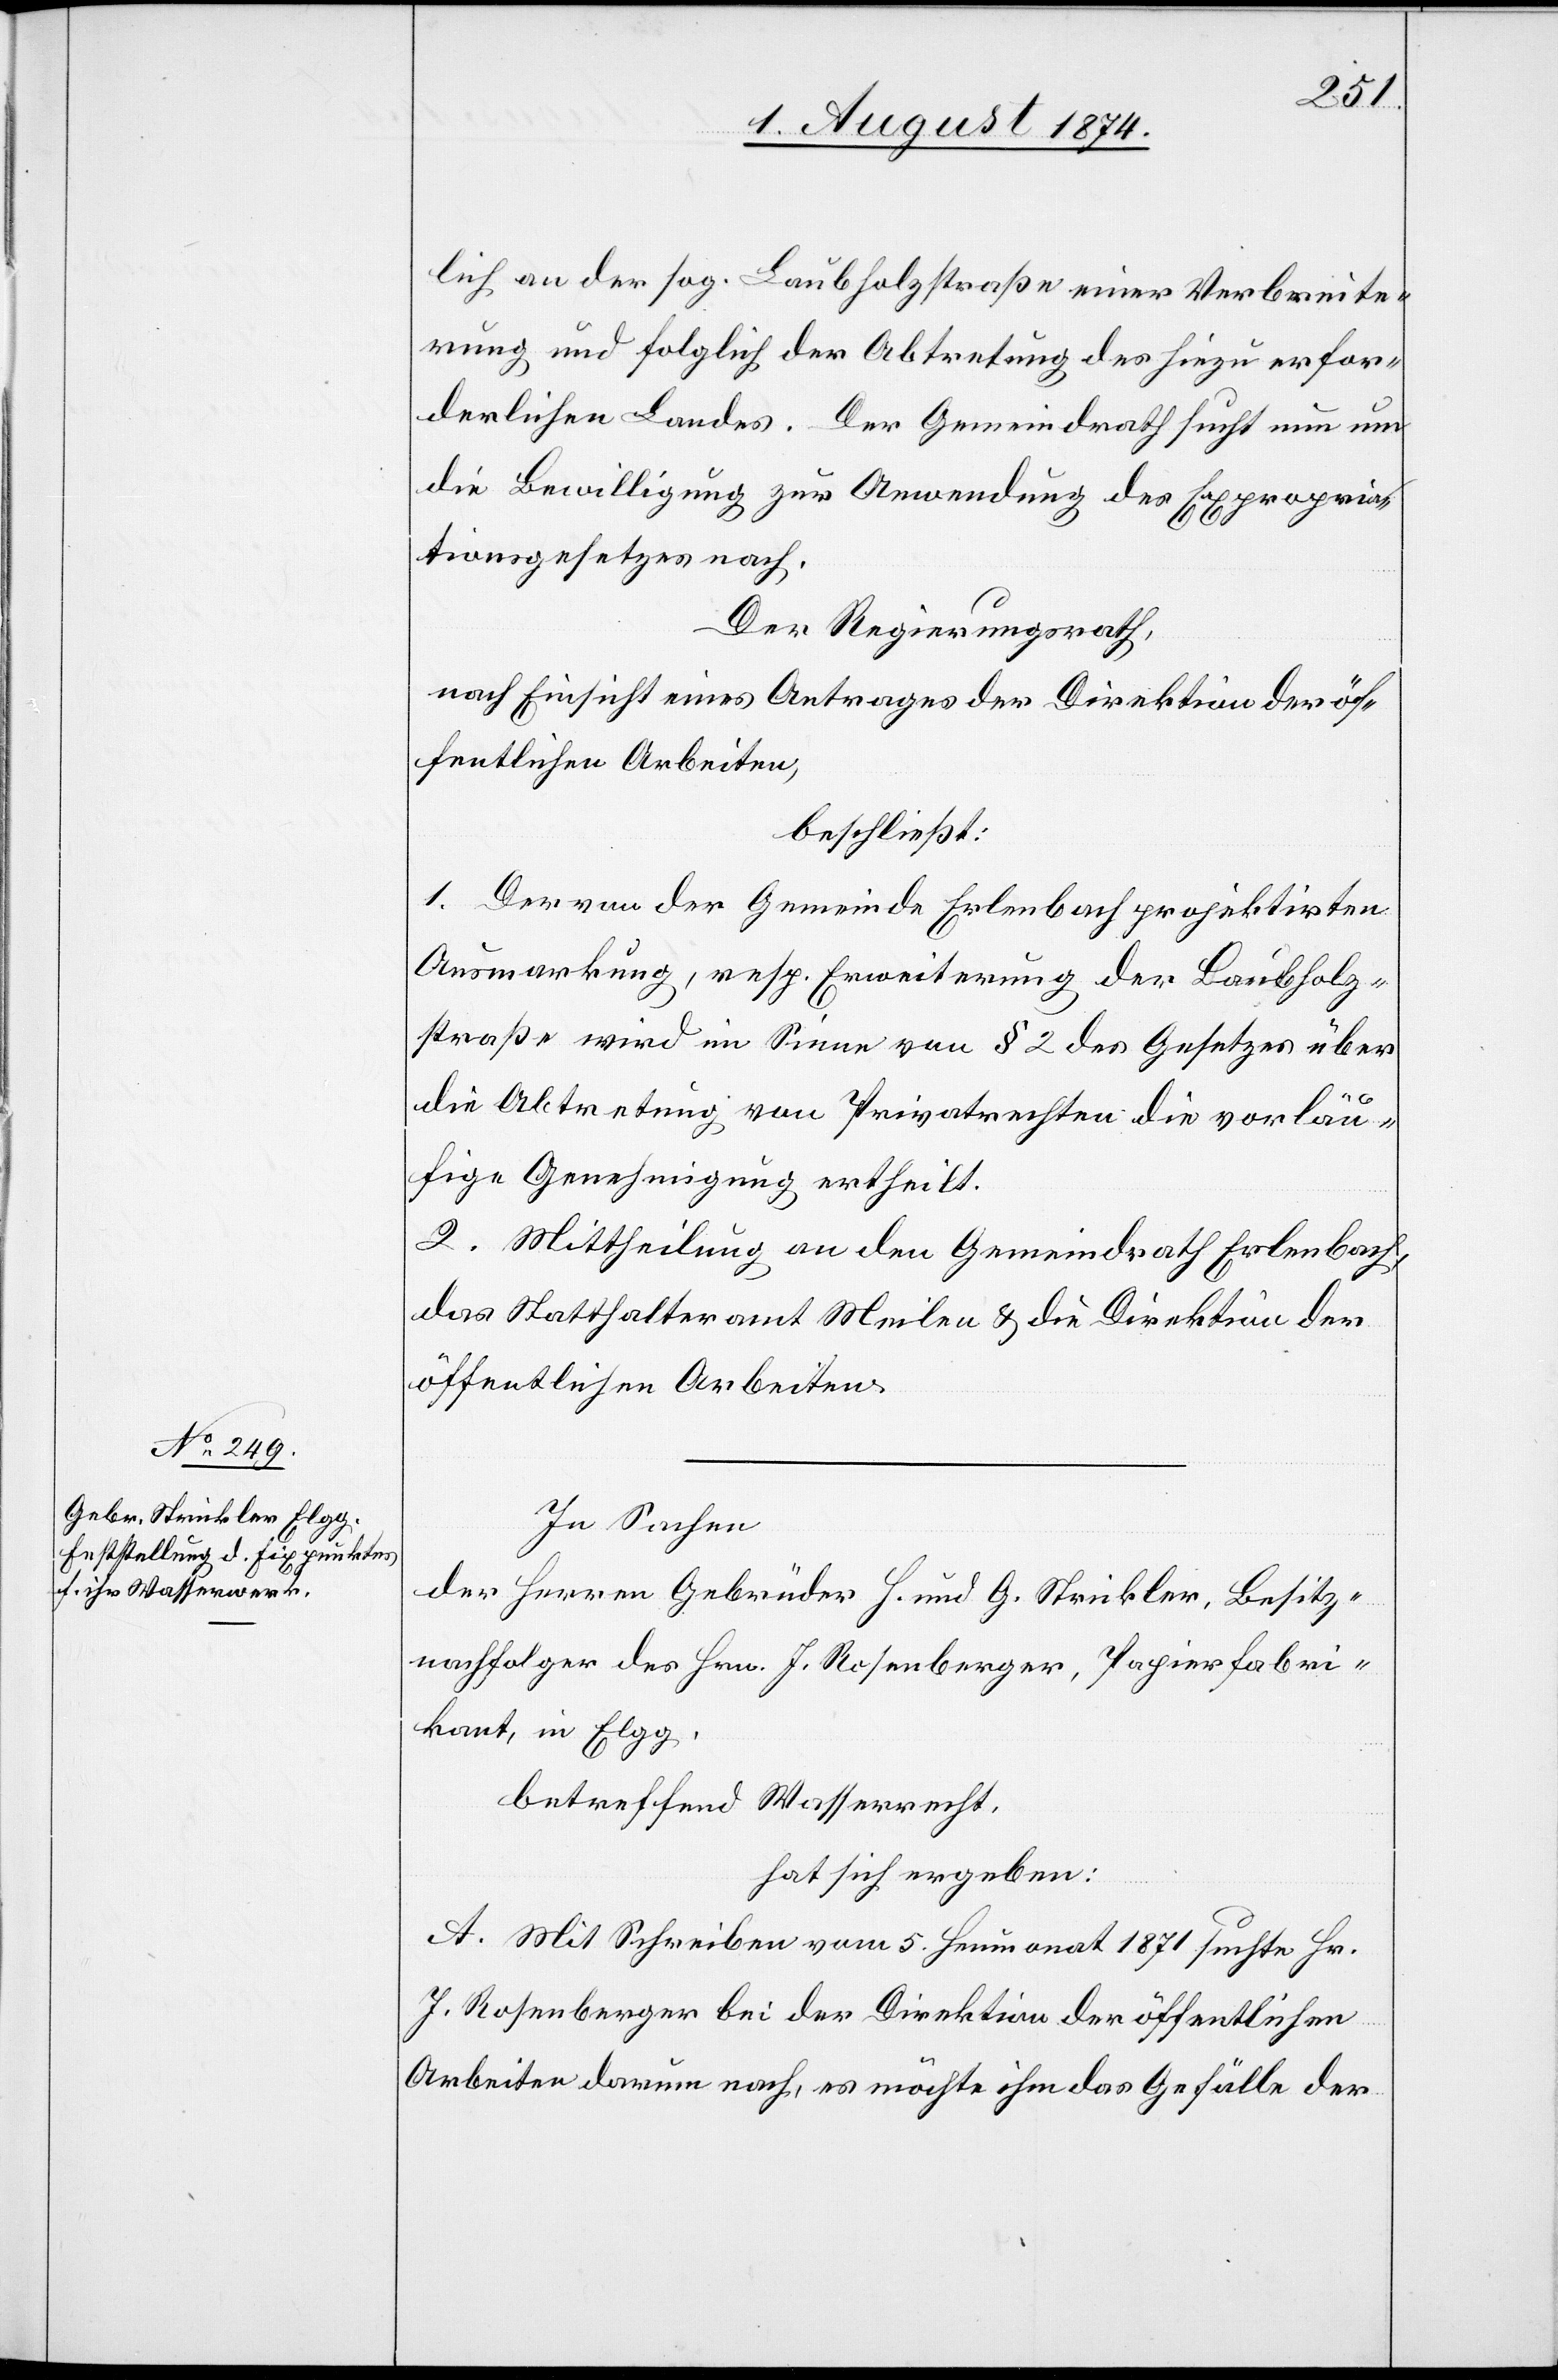
lich an der sog. Laubholzstraße einer Verbreite¬
rung und folglich der Abtretung des hiezu erfor¬
derlichen Landes. Der Gemeindrath sucht nun um
die Bewilligung zur Anwendung des Expropria¬
tionsgesetzes nach.
Der Regierungsrath,
nach Einsicht eines Antrages der Direktion der öf¬
fentlichen Arbeiten,
beschließt:
1. Der von der Gemeinde Erlenbach projektirten
Ausmarkung, resp. Erweiterung der Laubholz¬
straße wird im Sinne von § 2 des Gesetzes über
die Abtretung von Privatrechten die vorläu¬
fige Genehmigung ertheilt.
2. Mittheilung an den Gemeindrath Erlenbach,
das Statthalteramt Meilen u. die Direktion der
öffentlichen Arbeiten.
In Sachen
der Herren Gebrüder H. und G. Strickler, Besitz¬
nachfolger des Hrn. J. Rosenberger, Papierfabri¬
kant, in Elgg,
betreffend Wasserrecht,
hat sich ergeben:
A. Mit Schreiben vom 5. Heumonat 1871 suchte Hr.
J. Rosenberger bei der Direktion der öffentlichen
Arbeiten darum nach, es möchte ihm das Gefälle der